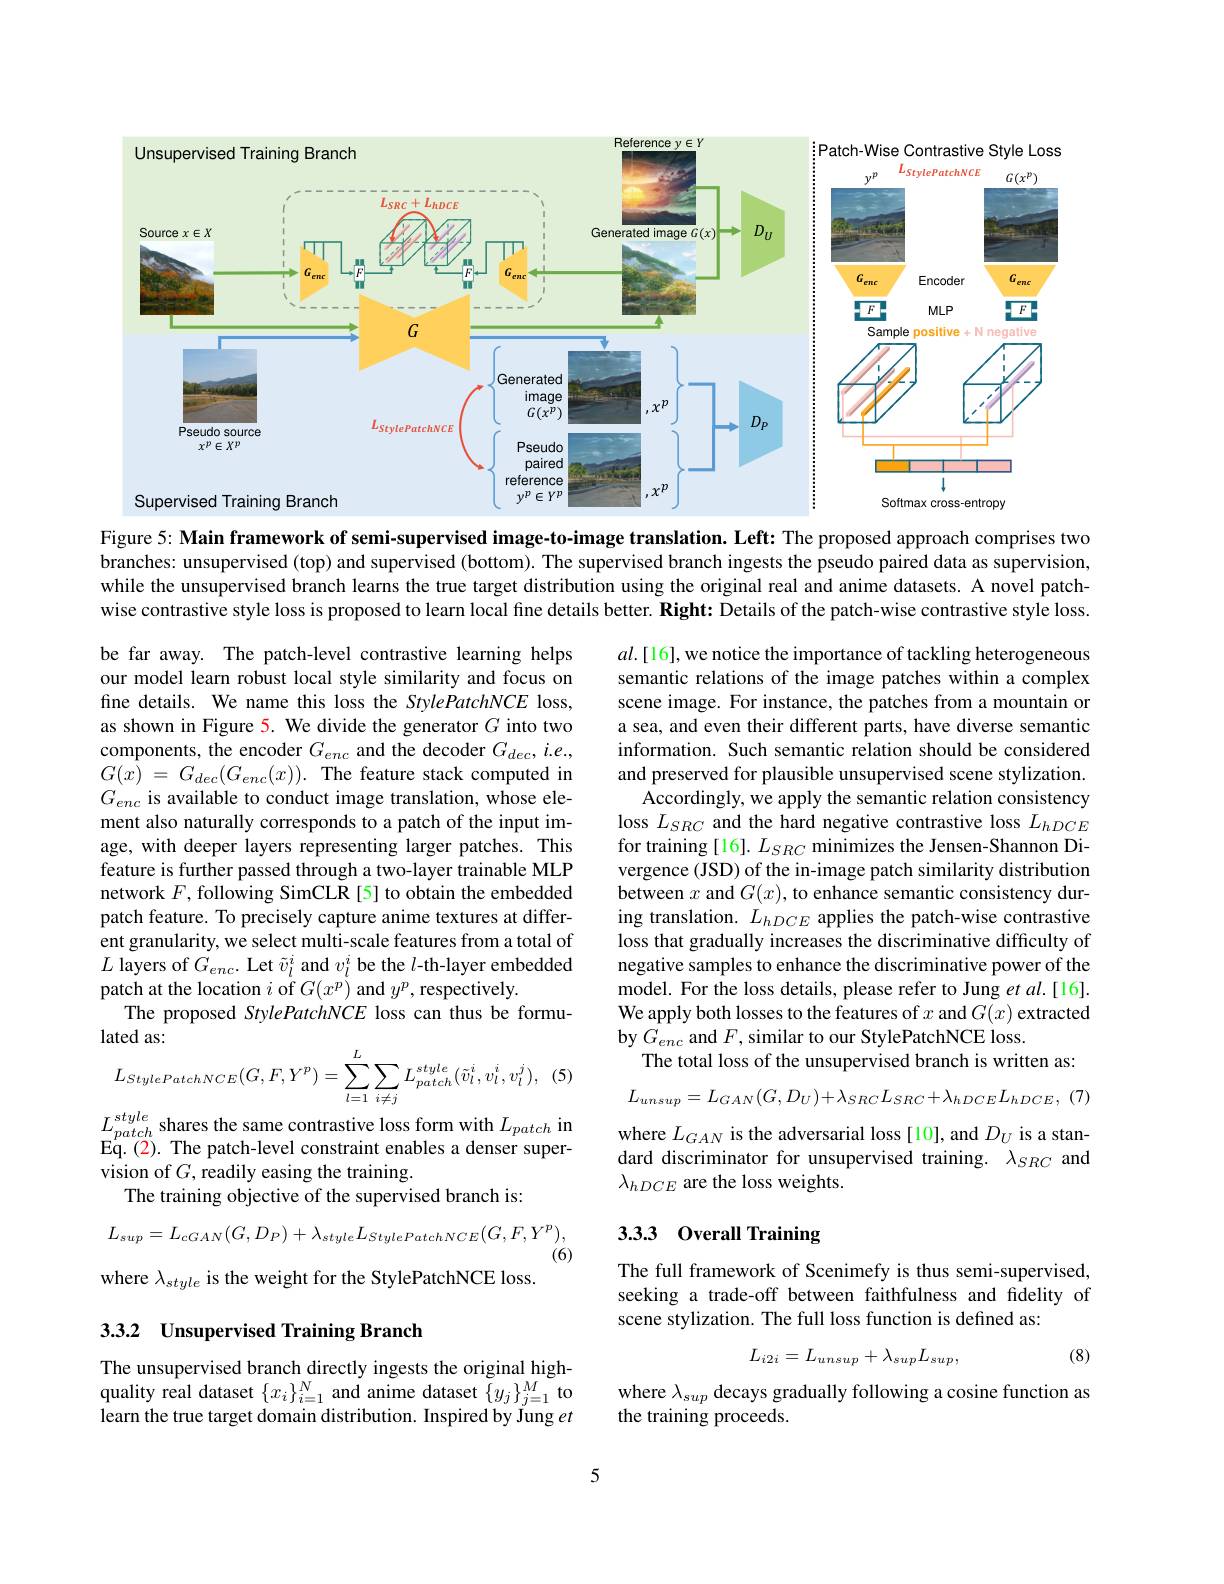
<FigureHere>

Figure 5: Main framework of semi-supervised image-to-image translation. Left: The proposed approach comprises two

branches: unsupervised (top) and supervised (bottom). The supervised branch ingests the pseudo paired data as supervision, while the unsupervised branch learns the true target distribution using the original real and anime datasets. A novel patchwise contrastive style loss is proposed to learn local fine details better. Right: Details of the patch-wise contrastive style loss.

be far away. The patch-level contrastive learning helps our model learn robust local style similarity and focus on fine details. We name this loss the StylePatchNCE loss, as shown in Figure 5. We divide the generator $G$ into two components, the encoder $G_enc$ and the decoder $G_dec,i.e.$, $G( \bar{x} )$ = $G_{dec}( G_{enc}( x) ) .$ The feature stack computed in $G_{enc}$ is available to conduct image translation, whose element also naturally corresponds to a patch of the input image, with deeper layers representing larger patches. This feature is further passed through a two-layer trainable MLP network $F$, following SimCLR [5] to obtain the embedded patch feature. To precisely capture anime textures at different granularity, we select multi-scale features from a total of $L$ layers of $G_enc.$ Let $\tilde{v}_l^i$ and $v_l^i$ be the $l$-th-layer embedded patch at the location $i$ of $G(x^p)$ and $y^p$, respectively.
The proposed StylePatchNCE loss can thus be formu-
$$\begin{aligned}&\text{atcu as.}\\&L_{StylePatchNCE}(G,F,Y^{p})=\sum_{l=1}^{L}\sum_{i\neq j}L_{patch}^{style}(\tilde{v}_{l}^{i},v_{l}^{i},v_{l}^{j}),\end{aligned}$$
$al.[16]$,we notice the importance of tackling heterogeneous semantic relations of the image patches within a complex scene image. For instance, the patches from a mountain or a sea, and even their different parts, have diverse semantic information. Such semantic relation should be considered and preserved for plausible unsupervised scene stylization.
Accordingly, we apply the semantic relation consistency loss $L_{SRC}$ and the hard negative contrastive loss $L_hDCE$ for training [16]. $L_SRC$ minimizes the Jensen-Shannon Divergence (JSD) of the in-image patch similarity distribution between $x$ and $G(x)$, to enhance semantic consistency during translation. $L_hDCE$ applies the patch-wise contrastive loss that gradually increases the discriminative difficulty of negative samples to enhance the discriminative power of the model. For the loss details, please refer to Jung et al.[16]. We apply both losses to the features of $x$ and $G(x)$ extracted by $G_{enc}$ and $F$, similar to our StylePatchNCE loss.
The total loss of the unsupervised branch is written as:

$L_{patch}^{style}$ shares the same contrastive loss form with $L_patch$ in

$L_{unsup}= L_{GAN}( G, D_{U}) + \lambda _{SRC}L_{SRC}+ \lambda _{hDCE}L_{hDCE}$, (7)

Eq.(2). The patch-level constraint enables a denser super-
vision of $G$, readily easing the training.
The training objective of the supervised branch is:

where $L_GAN$ is the adversarial loss [10], and $D_U$ is a standard discriminator for unsupervised training. $\lambda_{SRC}$ and $\lambda_{hDCE}$ are the loss weights.

## 3.33 Overall Training
$$L_{sup}=L_{cGAN}(G,D_{P})+\lambda_{style}L_{StylePatchNCE}(G,F,Y^{p}),$$
(6)
where $\lambda_{style}$ is the weight for the StylePatchNCE loss.

The full framework of Scenimefy is thus semi-supervised, seeking a trade-off between faithfulness and fidelity of scene stylization. The full loss function is defined as:

### 3.3.2 Unsupervised Training Branch
$$L_{i2i}=L_{unsup}+\lambda_{sup}L_{sup},$$
(8)

The unsupervised branch directly ingests the original highquality real dataset $\{x_i\}_{i=1}^N$ and anime dataset $\{y_j\}_{j=1}^M$ to learn the true target domain distribution. Inspired by Jung $et$

where $\lambda_sup$ decays gradually following a cosine function as
the training proceeds.

5